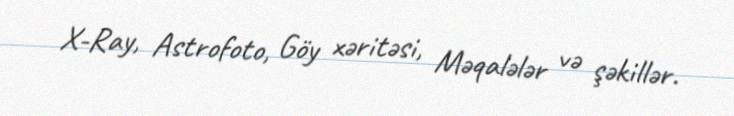
X-Ray, Astrofoto, Göy xəritəsi, Məqalələr və şəkillər.